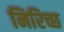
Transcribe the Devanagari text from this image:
निरिच्छ